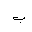
Letter: _ba